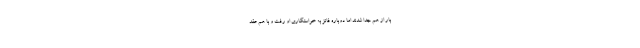
بار از هم جدا شدند اما دوباره فائز به خواستگاری او رفت و با هم عقد